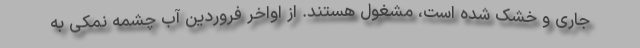
جاری و خشک شده است، مشغول هستند. از اواخر فروردین آب چشمه نمکی به